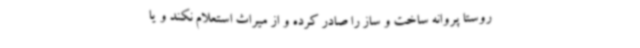
روستا پروانه ساخت و ساز را صادر کرده و از میراث استعلام نکند و یا